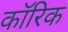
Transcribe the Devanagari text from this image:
कॉरिक